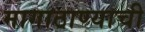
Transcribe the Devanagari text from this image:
मागाठाण्याची